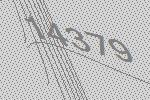
14379